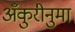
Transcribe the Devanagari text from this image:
अँकुरीनुमा